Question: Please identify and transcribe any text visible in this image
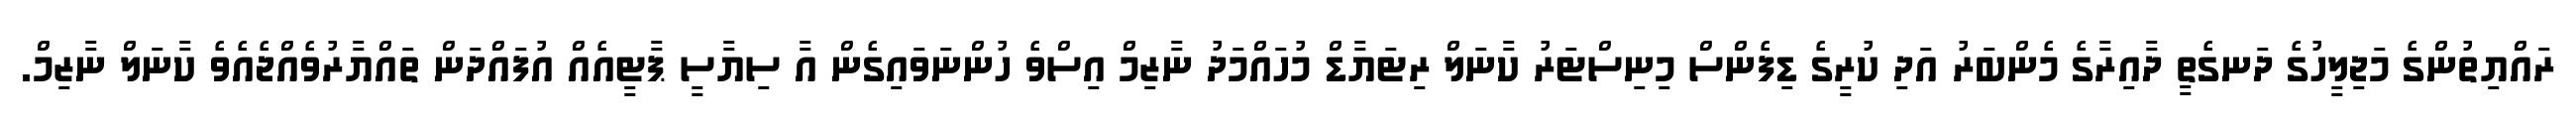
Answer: ރައްޔިތުންގެ މަޖިލީހުގެ ދަނގެތީ ދާއިރާގެ މެންބަރު އަދި ކުރީގެ ޑިފެންސް މިނިސްޓަރު ކާނަލް ރިޓަޔާޑް މުހައްމަދު ނާޒިމް އިސްވެ ހުންނަވައިގެން އާ ސިޔާސީ ޕާޓީއެއް އުފައްދަން ތައްޔާރުވެއްޖެއެވެ ކާނަލް ނާޒިމް.